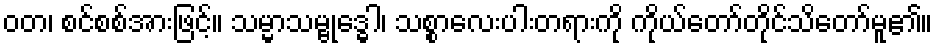
ဝတ၊ စင်စစ်အားဖြင့်။ သမ္မာသမ္ဗုဒ္ဓေါ၊ သစ္စာလေးပါးတရားကို ကိုယ်တော်တိုင်သိတော်မူ၏။